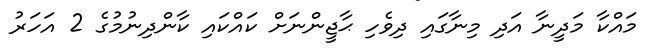
މައްކާ މަދީނާ އަދި މިނާގައި ދިވެހި ޙާޖީންނަށް ކައްކައި ކާންދިނުމުގެ 2 އަހަރު